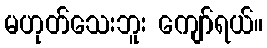
မဟုတ်သေးဘူး ကျော်ရယ်။